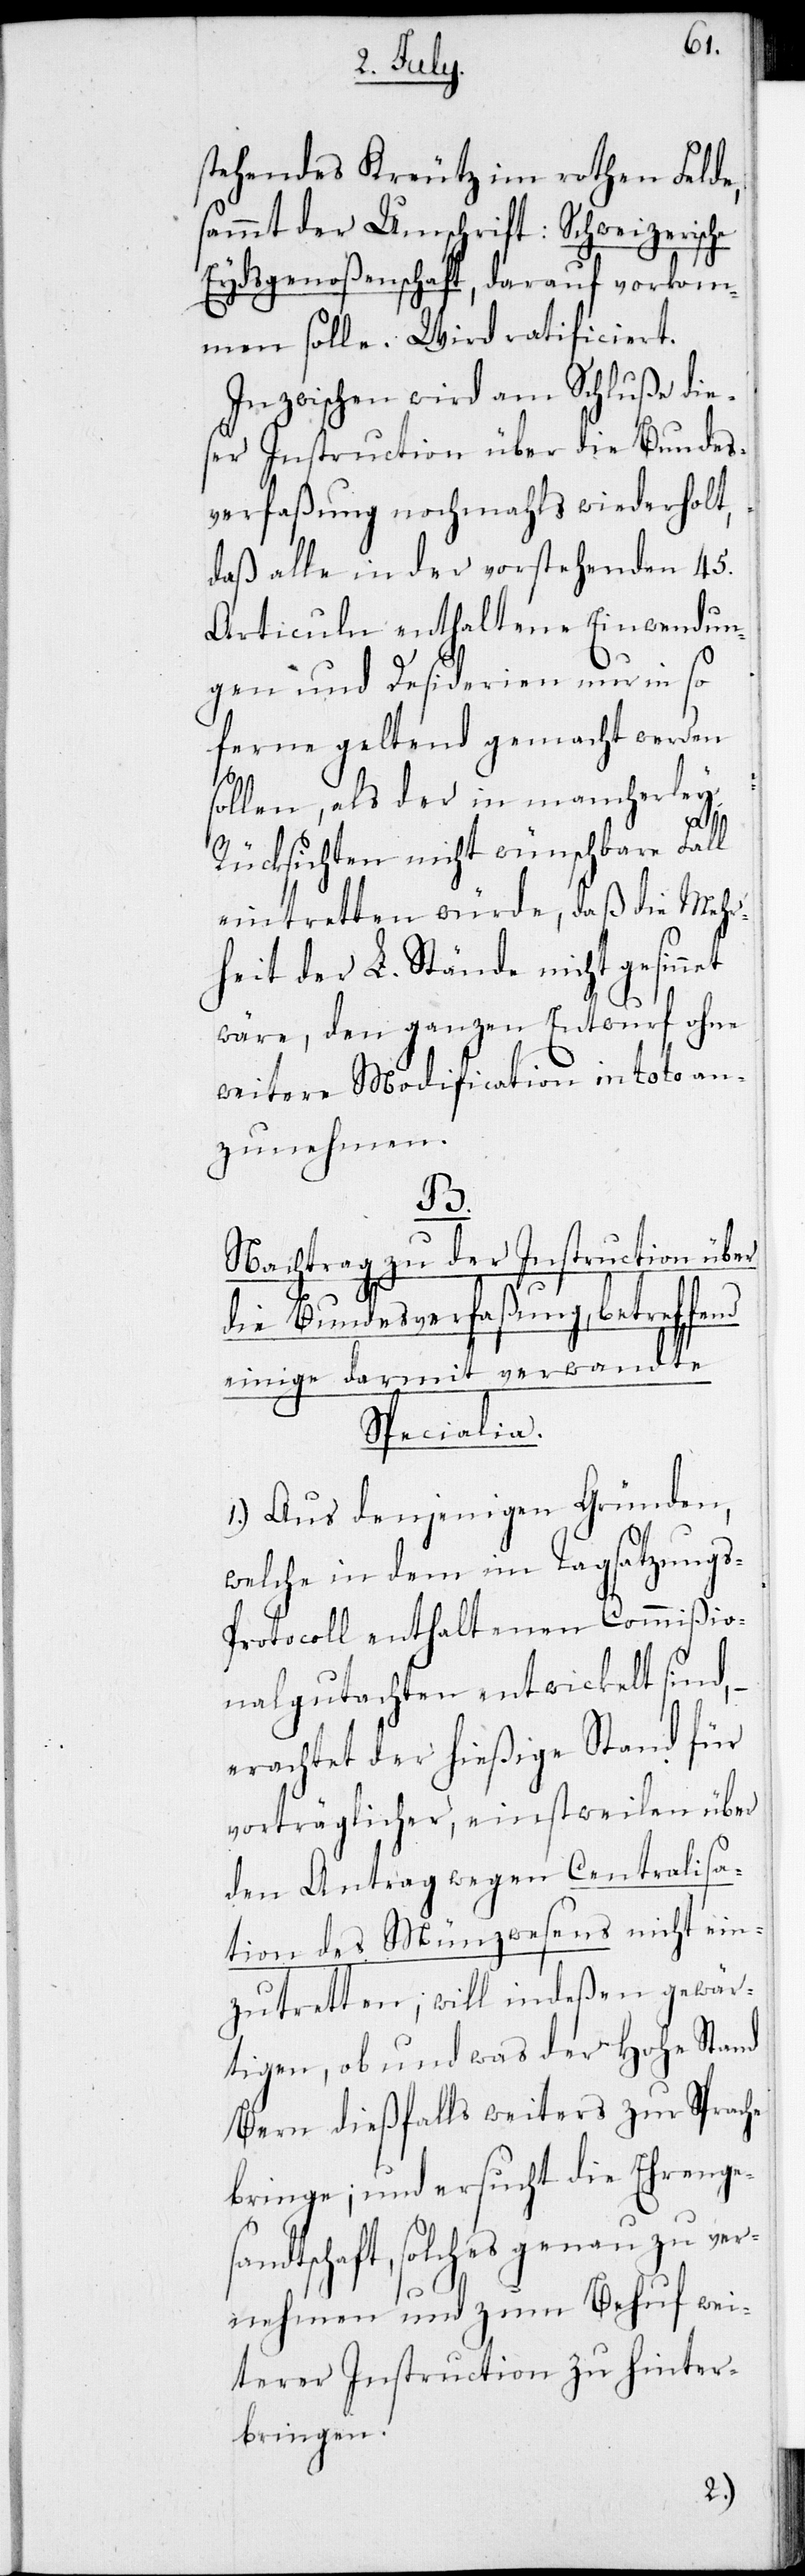
stehendes Kreutz im rothen Felde,
sammt der Umschrift: Schweizerische
Eydsgenoßenschaft, darauf vorkom¬
men solle. Wird ratificiert.
Inzwischen wird am Schluße die¬
ser Instruction über die Bundes¬
verfaßung nochmahls wiederholt,
daß alle in der vorstehenden 45.
Articuln enthaltene Einwendun¬
gen und Desiderien nur in so
ferne geltend gemacht werden
sollen, als der in mancherley
Rücksichten nicht wünschbare Fall
eintretten würde, daß die Mehr¬
heit der L. Stände nicht gesinn¬
wäre, den ganzen Entwurf ohne
weitere Modification in toto an¬
zunehmen.
nd
Nachtrag zu der Instruction über
die Bundesverfaßung, betreffe¬
einige darmit verwandte
Speciallia.
1.) Aus denjenigen Gründen,
welche in dem im Tagsatzung¬
s-Protocoll enthaltenen Commißio¬
nalgutachten entwickelt sind,
erachtet der hießige Stand für
vorträglicher, einstweilen über
den Antrag wegen Centralisa¬
tion des Münzwesens nicht ein¬
zutretten, will indeßen gewär¬
tigen, ob und was der Hohe Stand
Bern dießfalls weiters zur Sprache
bringen; und ersucht die Ehrenge¬
sandtschaft, solches genau zu ver¬
nehmen und zum Behuf wei¬
terer Instruction zu hinter¬
bringen.